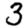
Digit: 3